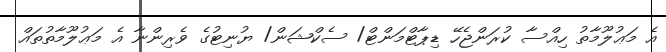
އެ މަޢުލޫމާތު ހިއްސާ ކުރަންޖެހޭ ޑިޕާޓްމަންޓް/ ސެކްޝަން/ ޔުނިޓުގެ ވެރިންނާ އެ މަޢުލޫމާތުތައް